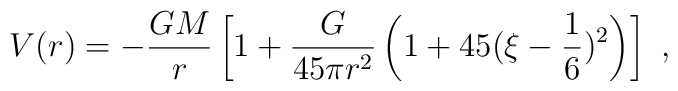
V(r) = -\frac {GM}{r}\left[ 1+\frac{G}{45 \pi r^2}\left (1  + 45 (\xi -\frac{1}{6})^2\right )\right ]\,\, ,